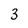
Character: 3